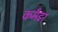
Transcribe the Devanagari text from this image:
कमॅंडर